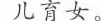
儿育女。